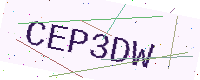
Text: CEP3DW